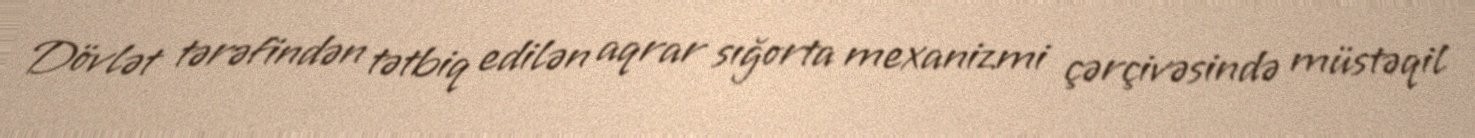
Dövlət tərəfindən tətbiq edilən aqrar sığorta mexanizmi çərçivəsində müstəqil